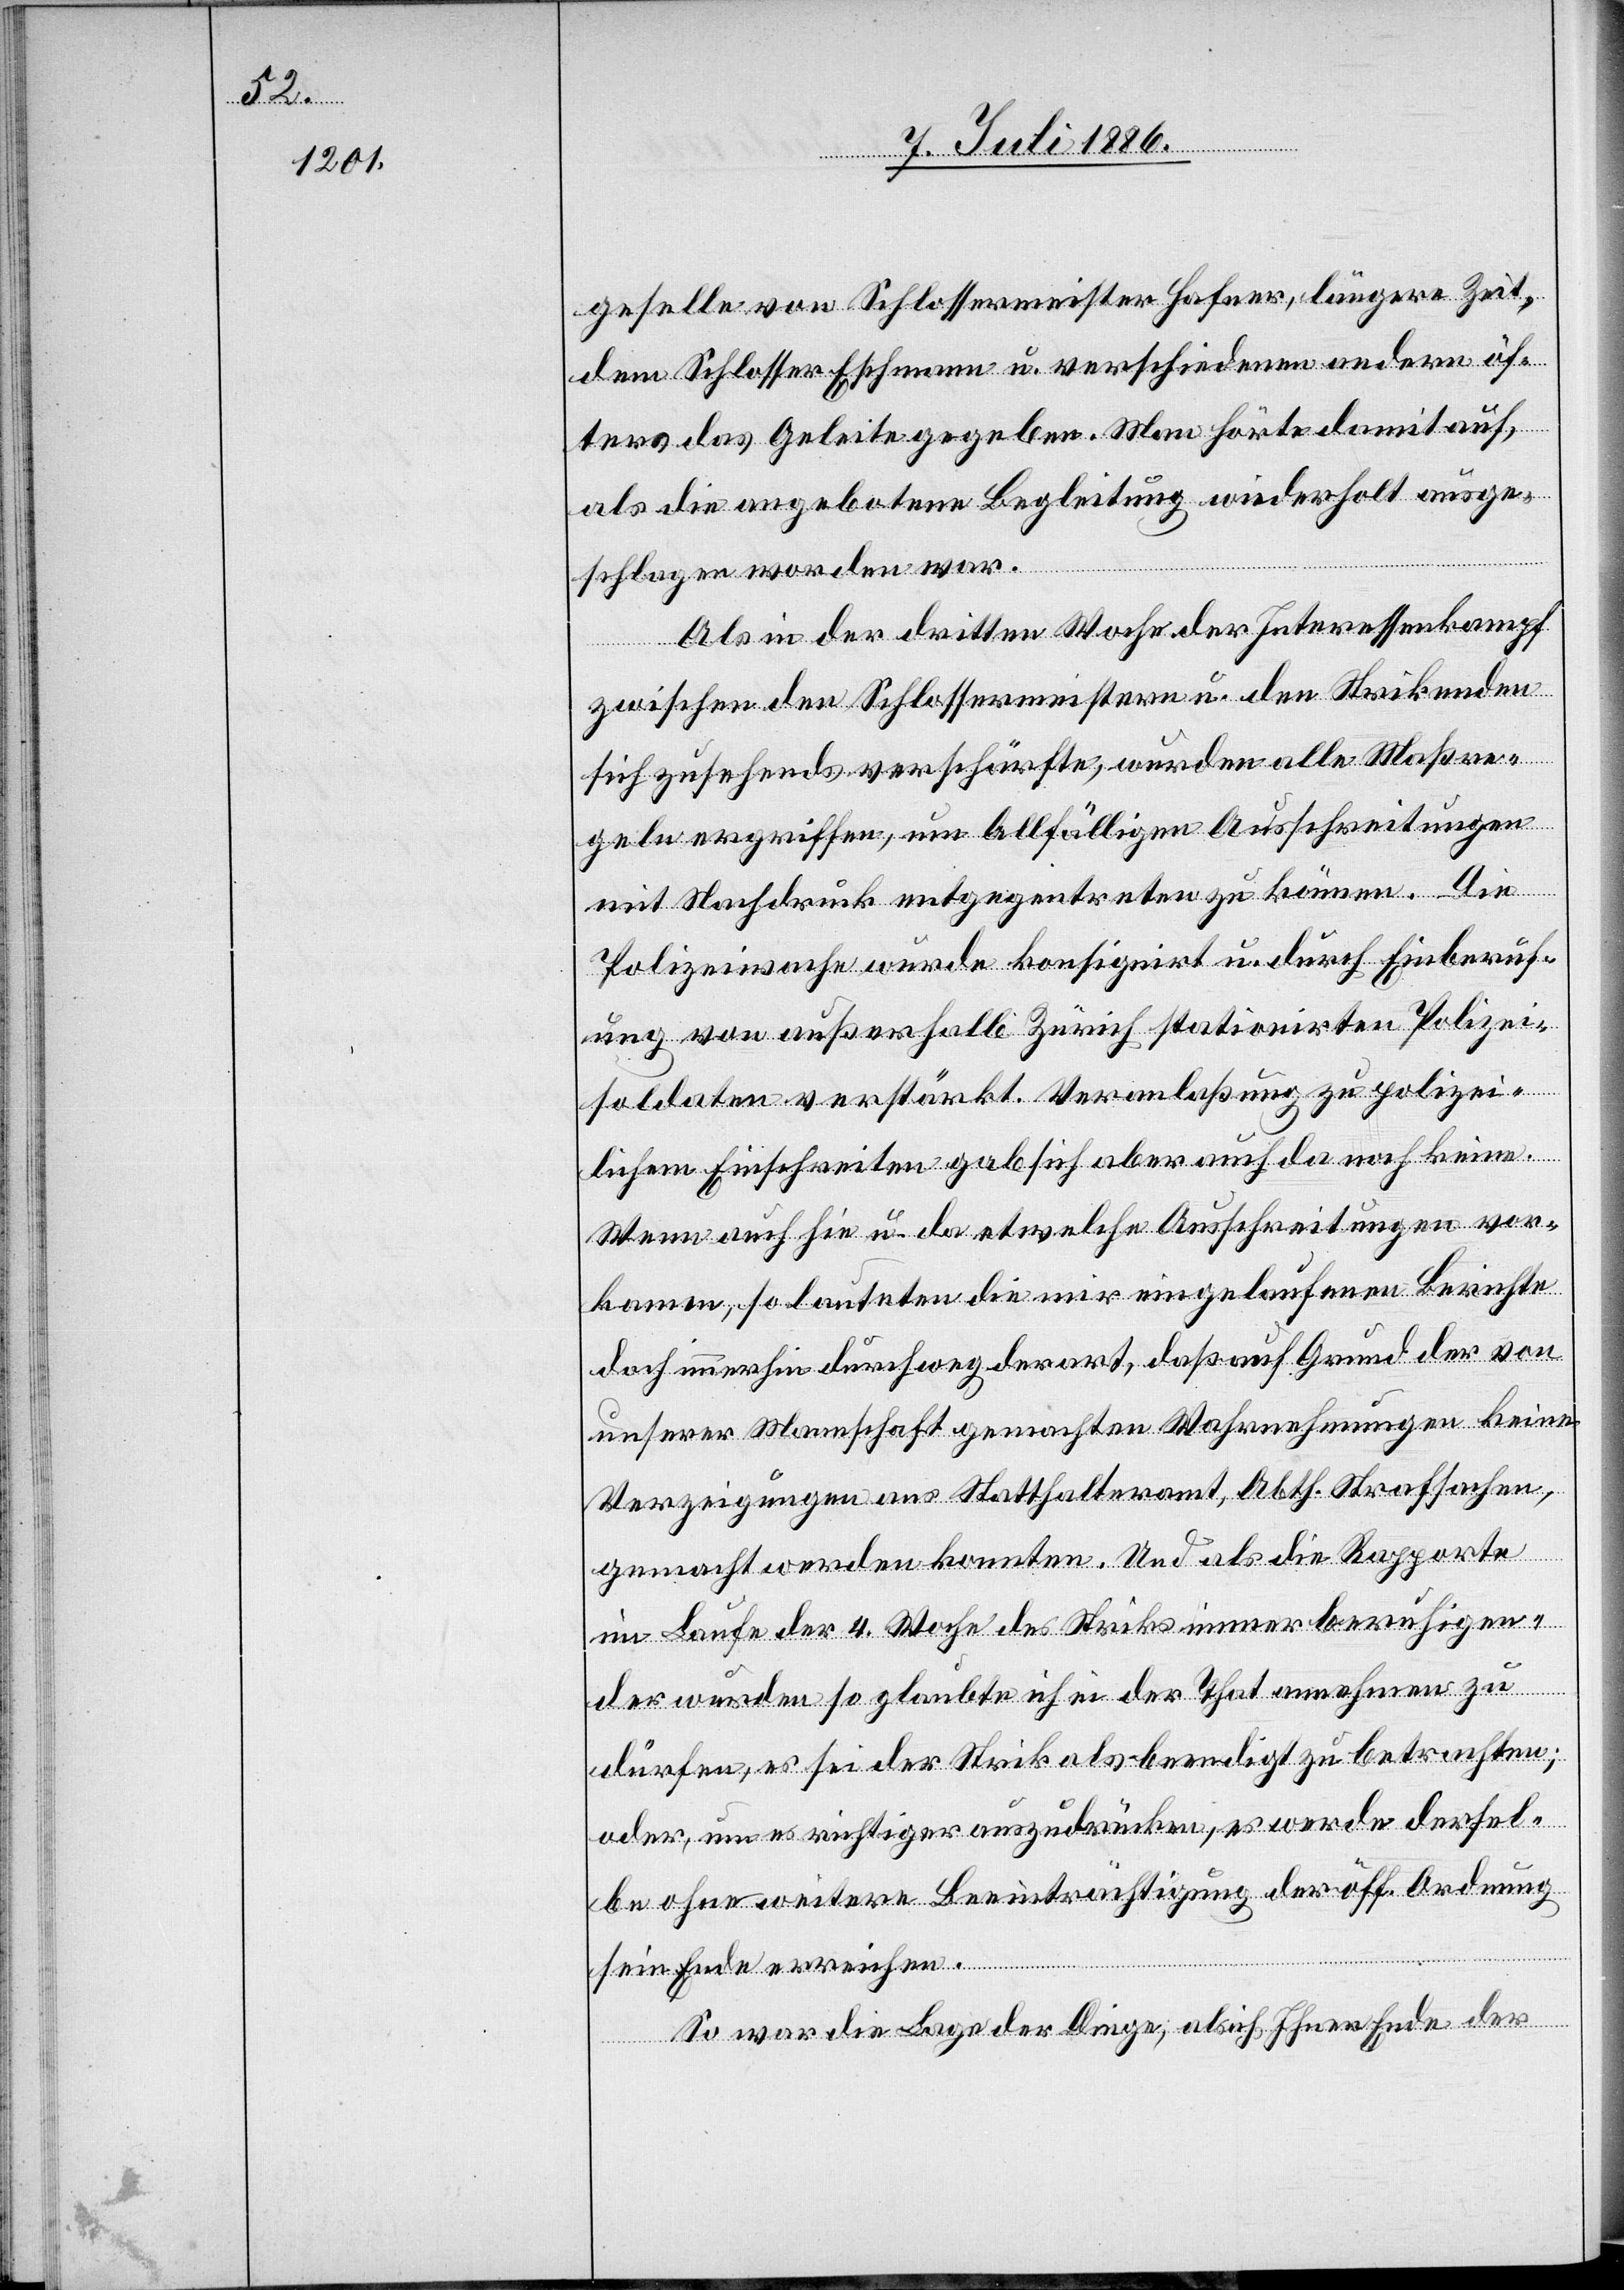
damit

geselle von Schlossermeister Hafner, längere Zeit,
dem Schlosser Eschmann u. verschiedenen öfters das
als die angebotene Begleitung wiederholt ausge¬
schlagen worden war.
Als in der dritten Woche der Interessenkampf
zwischen den Schlossermeistern u. den Strikenden
sich zusehends verschärfte, wurden alle Maßre¬
geln ergriffen, um allfälligen Ausschreitungen
mit Nachdruck entgegentreten zu können. Die
Polizeiwache wurde konsignirt u. durch Einberuf¬
ung von außerhalb Zürich stationirten Polizei¬
soldaten verstärkt. Veranlaßung zu polizei¬
lichem Einschreiten gab sich aber auch da noch keine.
Wenn auch hie u. da etwelche Ausschreitungen vor¬
kamen, so lauteten die mir eingelaufenen Berichte
doch immerhin durchweg derart, daß auf Grund der von
unserer Mannschaft gemachten Wahrnehmungen keine
Verzeigungen ans Statthalteramt, Abth. Strafsachen,
gemacht werden konnten. Und als die Rapporte
im Laufe der 4. Woche des Striks immer beruhigen¬
der wurden so glaubte ich in der That annehmen zu
dürfen, es sei der Strik als beendigt zu betrachten;
oder um es richtiger auszudrücken, es werde dersel¬
be ohne weitere Beeinträchtigung der öff. Ordnung
sein Ende erreichen.
So war die Lage der Dinge, als ich Ihnen Ende der